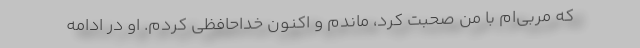
که مربی‌ام با من صحبت کرد، ماندم و اکنون خداحافظی کردم. او در ادامه